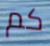
كم